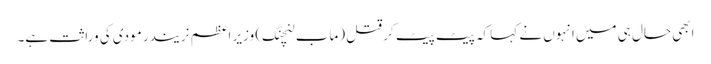
ابھی حال ہی میں انہوں نے کہا کہ پیٹ پیٹ کر قتل (ماب لنچنگ) وزیر اعظم نریندر مودی کی وراثت ہے۔